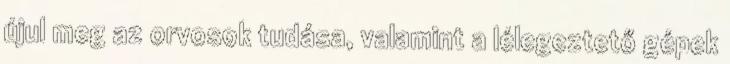
újul meg az orvosok tudása, valamint a lélegeztető gépek